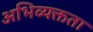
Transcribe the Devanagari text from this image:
अभिव्यक्तता